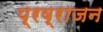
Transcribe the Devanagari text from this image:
प्रव्राजन